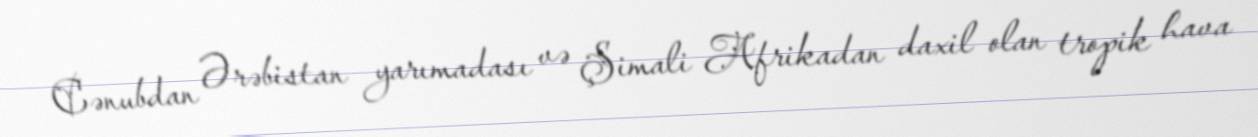
Cənubdan Ərəbistan yarımadası və Şimali Afrikadan daxil olan tropik hava